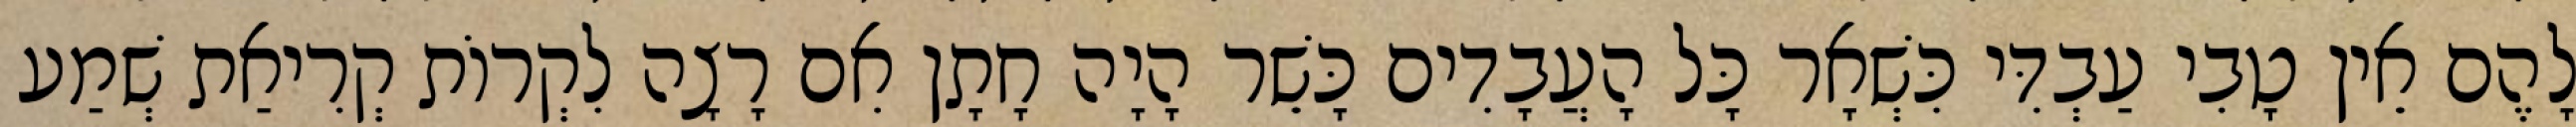
לָהֶם אֵין טָבִי עַבְדִּי כִּשְׁאָר כָּל הָעֲבָדִים כָּשֵׁר הָיָה חָתָן אִם רָצָה לִקְרוֹת קְרִיאַת שְׁמַע